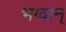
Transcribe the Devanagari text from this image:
भग्वान्